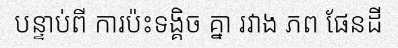
បន្ទាប់ពី ការប៉ះទង្គិច គ្នា រវាង ភព ផែនដី